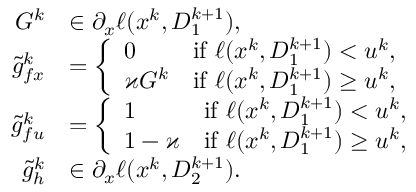
\begin{array} { r l } { G ^ { k } } & { \in \partial _ { x } \ell ( x ^ { k } , D _ { 1 } ^ { k + 1 } ) , } \\ { \tilde { g } _ { f x } ^ { k } } & { = \left\{ \begin{array} { l l } { 0 } & { \mathrm { i f ~ } \ell ( x ^ { k } , D _ { 1 } ^ { k + 1 } ) < u ^ { k } , } \\ { \varkappa G ^ { k } } & { \mathrm { i f ~ } \ell ( x ^ { k } , D _ { 1 } ^ { k + 1 } ) \ge u ^ { k } , } \end{array} \right. } \\ { \tilde { g } _ { f u } ^ { k } } & { = \left\{ \begin{array} { l l } { 1 } & { \mathrm { i f ~ } \ell ( x ^ { k } , D _ { 1 } ^ { k + 1 } ) < u ^ { k } , } \\ { 1 - \varkappa } & { \mathrm { i f ~ } \ell ( x ^ { k } , D _ { 1 } ^ { k + 1 } ) \ge u ^ { k } , } \end{array} \right. } \\ { \tilde { g } _ { h } ^ { k } } & { \in \partial _ { x } \ell ( x ^ { k } , D _ { 2 } ^ { k + 1 } ) . } \end{array}